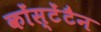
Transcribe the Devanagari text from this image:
कोंस्टेंटैन